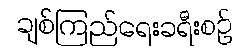
ချစ်ကြည်ရေးခရီးစဉ်